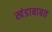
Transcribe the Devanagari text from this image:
खंडाबाबत